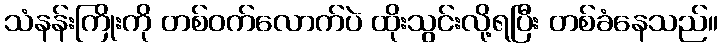
သံနန်းကြိုးကို တစ်ဝက်လောက်ပဲ ထိုးသွင်းလို့ရပြီး တစ်ခံနေသည်။